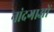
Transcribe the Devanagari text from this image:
नांदगाओं